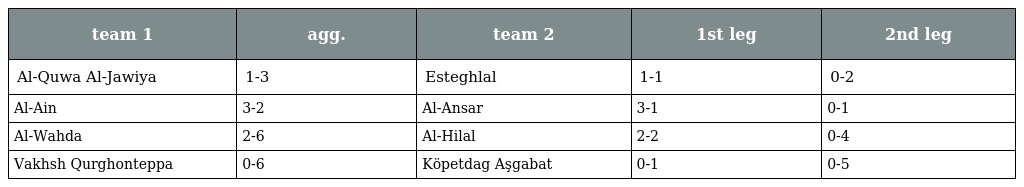
| team 1 | agg. | team 2 | 1st leg | 2nd leg |
 | --- | --- | --- | --- | --- |
 | Al-Quwa Al-Jawiya | 1-3 | Esteghlal | 1-1 | 0-2 |
 | Al-Ain | 3-2 | Al-Ansar | 3-1 | 0-1 |
 | Al-Wahda | 2-6 | Al-Hilal | 2-2 | 0-4 |
 | Vakhsh Qurghonteppa | 0-6 | Köpetdag Aşgabat | 0-1 | 0-5 |